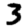
Digit: 3